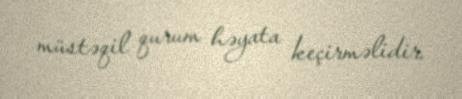
müstəqil qurum həyata keçirməlidir.